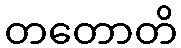
တတောတိ